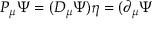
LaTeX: P _ { \mu } \Psi = ( D _ { \mu } \Psi ) \eta = ( \partial _ { \mu } \Psi